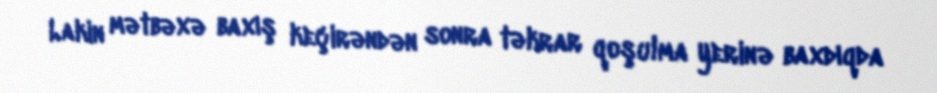
Lakin mətbəxə baxış keçirəndən sonra təkrar qoşulma yerinə baxdıqda